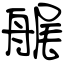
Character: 艉